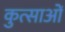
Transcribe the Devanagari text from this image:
कुत्साओं